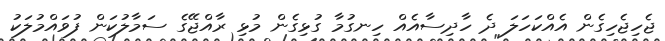
ޖެހިޖެހިގެން އެއްކަހަލަ ދެ ހާދިސާއެއް ހިނގުމާ ގުޅިގެން މުޅި ރާއްޖޭގެ ސަމާލުކަން ފުވައްމުލަކު